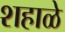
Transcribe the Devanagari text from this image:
शहाळे